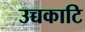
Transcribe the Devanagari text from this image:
उच्चकाटि